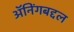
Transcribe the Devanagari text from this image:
ॲनिंगबद्दल